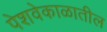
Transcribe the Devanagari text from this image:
पेशवेकाळातील